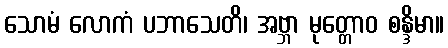
သောမံ လောကံ ပဘာသေတိ၊ အဗ္ဘာ မုတ္တောဝ စန္ဒိမာ။